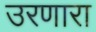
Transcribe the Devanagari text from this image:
उरणारा